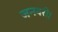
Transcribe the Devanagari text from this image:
जनवरी।